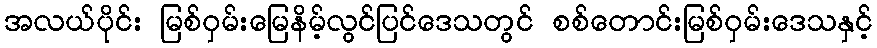
အလယ်ပိုင်း မြစ်ဝှမ်းမြေနိမ့်လွင်ပြင်ဒေသတွင် စစ်တောင်းမြစ်ဝှမ်းဒေသနှင့်